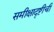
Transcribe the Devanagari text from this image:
समीक्षादृष्टीची